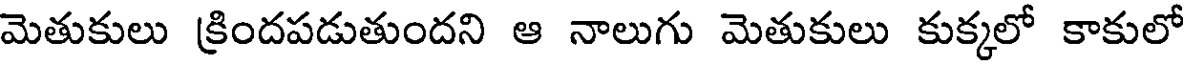
మెతుకులు క్రిందపడుతుందని ఆ నాలుగు మెతుకులు కుక్కలో కాకులో